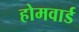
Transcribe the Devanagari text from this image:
होमवार्ड